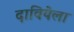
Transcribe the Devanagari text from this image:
दावियेला